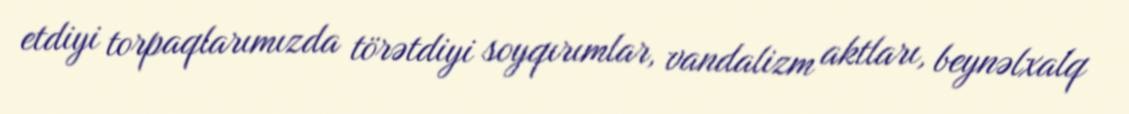
etdiyi torpaqlarımızda törətdiyi soyqırımlar, vandalizm aktları, beynəlxalq